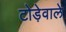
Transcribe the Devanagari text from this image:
टोड़ेवाले